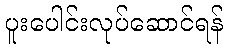
ပူးပေါင်းလုပ်ဆောင်ရန်